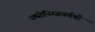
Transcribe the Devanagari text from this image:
क्योनिग्जबर्गची